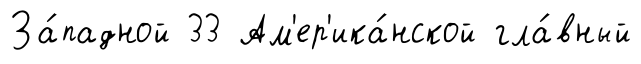
За́падной 33 Ам'ер'ика́нской гла́вный